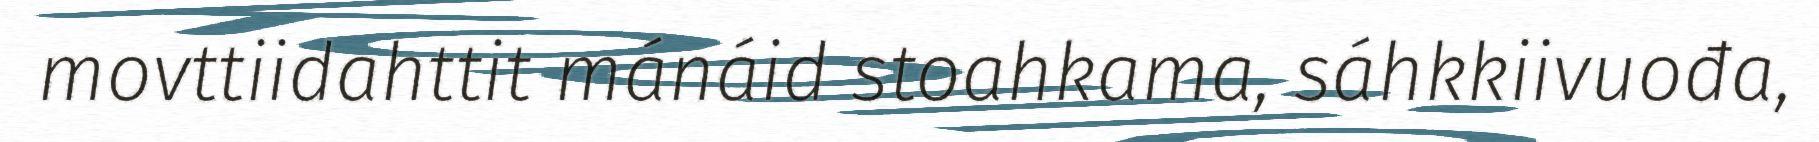
movttiidahttit mánáid stoahkama, sáhkkiivuođa,